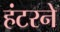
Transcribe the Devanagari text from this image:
हंटरने